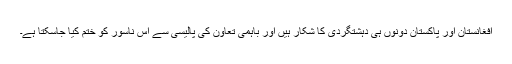
افغانستان اور پاکستان دونوں ہی دہشتگردی کا شکار ہیں اور باہمی تعاون کی پالیسی سے اس ناسور کو ختم کیا جاسکتا ہے۔